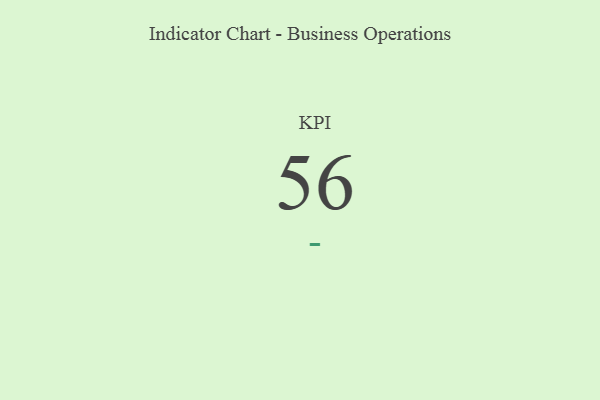
{"axis": {"x": "KPI", "y": "Value"}, "legend": [""], "data": [{"x": "KPI", "y": 56, "type": ""}]}